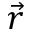
\vec { r }